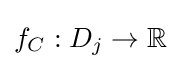
f_{C}:D_{j}\to \mathbb {R}